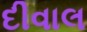
દીવાલ